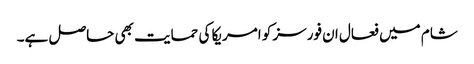
شام میں فعال ان فورسز کو امریکا کی حمایت بھی حاصل ہے۔